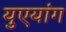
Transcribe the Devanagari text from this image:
युएयांग